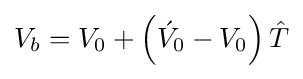
V_{b}=V_{0}+\left({\acute {V}}_{0}-V_{0}\right){\hat {T}}